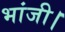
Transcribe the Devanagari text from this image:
भांजी।